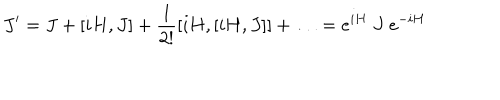
LaTeX: J ^ { \prime } = J + [ i H , J ] + \frac { 1 } { 2 ! } [ i H , [ i H , J ] ] + \ldots = e ^ { i H } ~ J ~ e ^ { - i H }